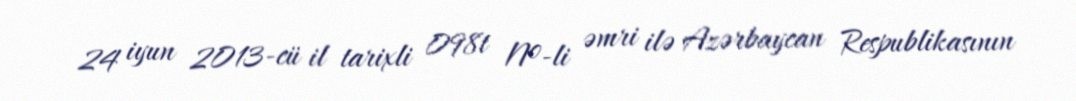
24 iyun 2013-cü il tarixli 098t №-li əmri ilə Azərbaycan Respublikasının